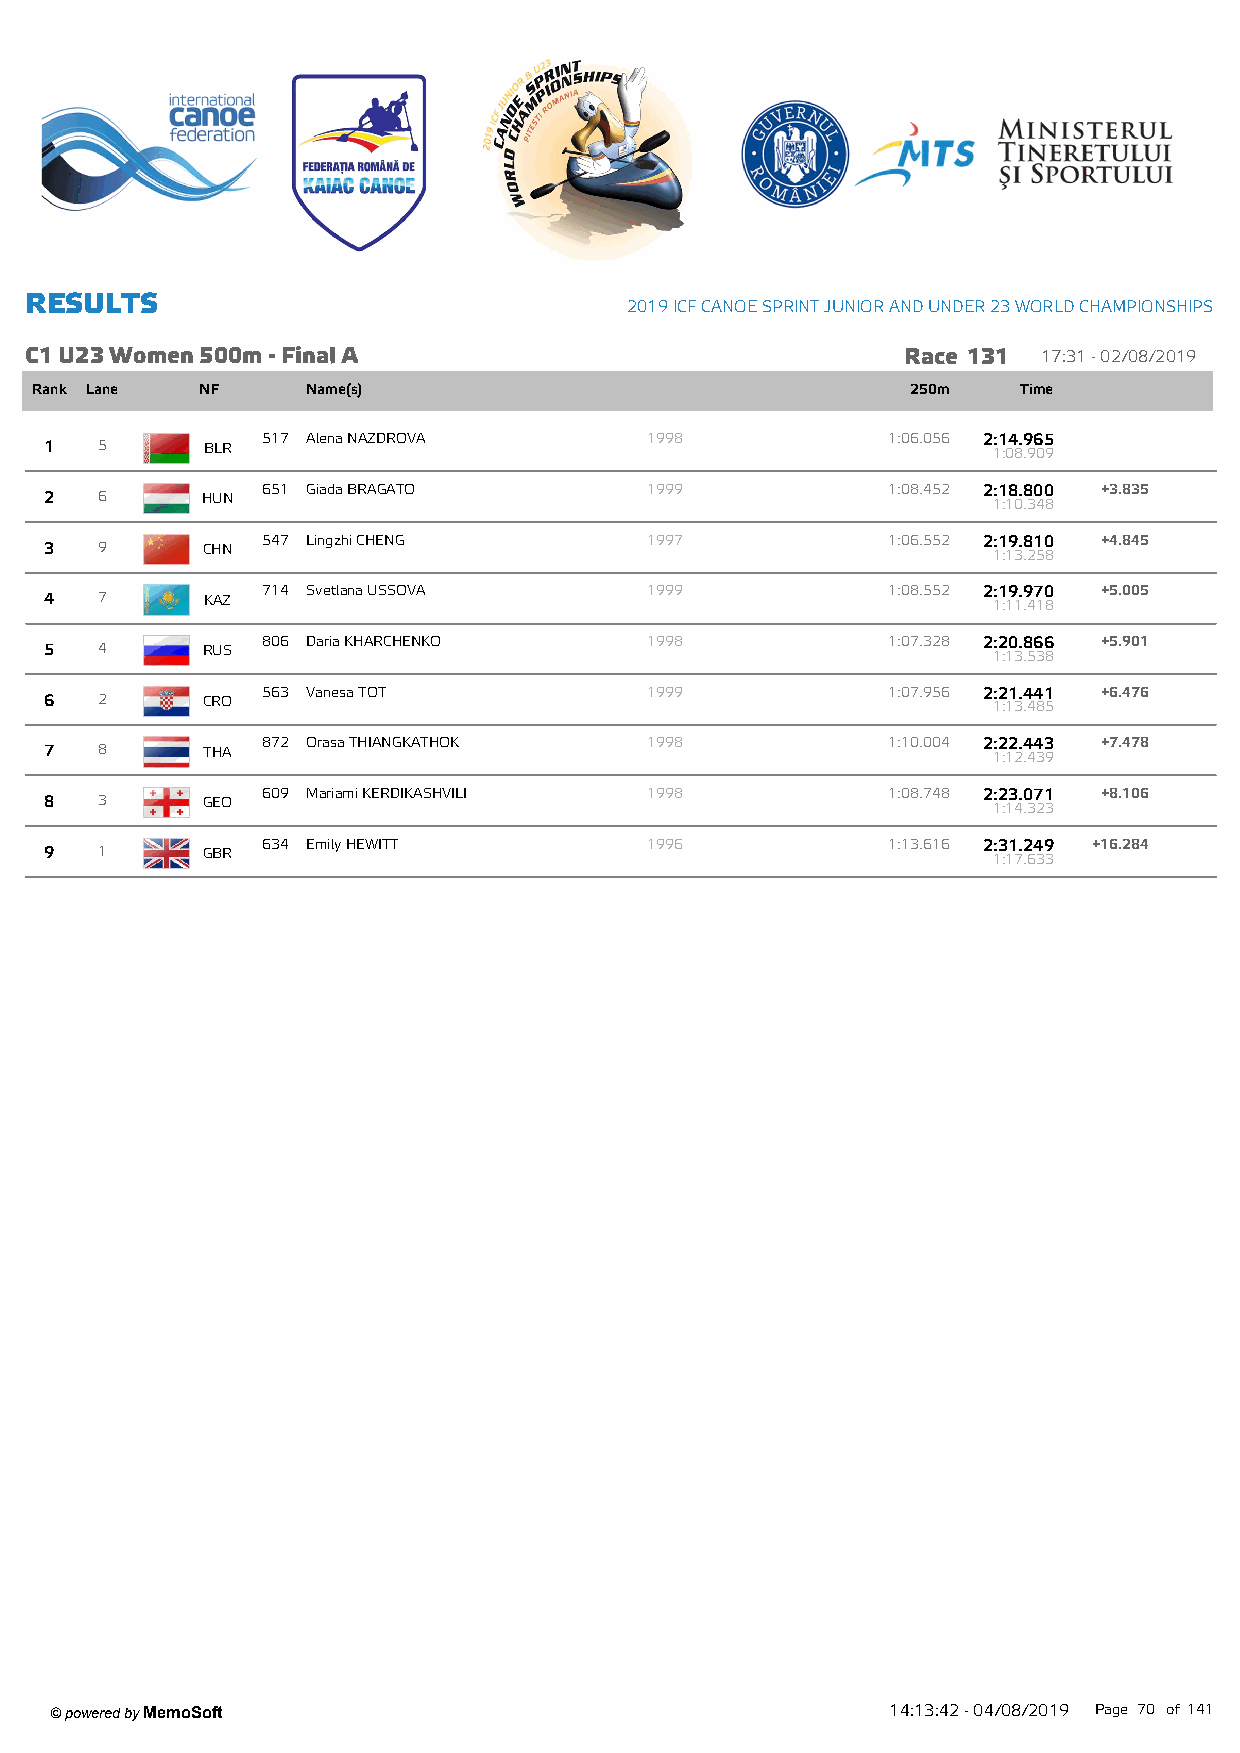
R ESU LTS
 2019 ICF CANOE SPRINT JUNIOR AND UNDER 23 W ORLD CHAMPIONSHIPS
 C1 U23 W om en 500m - Final A                             Race 131 17:31 - 02/08/2019
 Rank Lane  NF     Name(s)                                 250m    Time
 517 Alena NAZDROVA        1998            1:06.056 2:14.965
 1  5      BLR                                                  1:08.909
 651 Giada BRAGATO         1999            1:08.452 2:18.800 +3.835
 2  6      HUN                                                  1:10.348
 547 Lingzhi CHENG         1997            1:06.552 2:19.810 +4.845
 3  9      CHN                                                  1:13.258
 714 Svetlana USSOVA       1999            1:08.552 2:19.970 +5.005
 4  7      KAZ                                                  1:11.418
 806 Daria KHARCHENKO      1998            1:07.328 2:20.866 +5.901
 5  4      RUS                                                  1:13.538
 563 Vanesa TOT            1999            1:07.956 2:21.441 +6.476
 6  2      CRO                                                  1:13.485
 872 Orasa THIANGKATHOK    1998            1:10.004 2:22.443 +7.478
 7  8      THA                                                  1:12.439
 609 Mariami KERDIKASHVILI 1998            1:08.748 2:23.071 +8.106
 8  3      GEO                                                  1:14.323
 634 Emily HEWITT          1996            1:13.616 2:31.249 +16.284
 9  1      GBR                                                  1:17.633
 ' powered by MemoSoft                                   14:13:42 - 04/08/2019 Page 70 of141